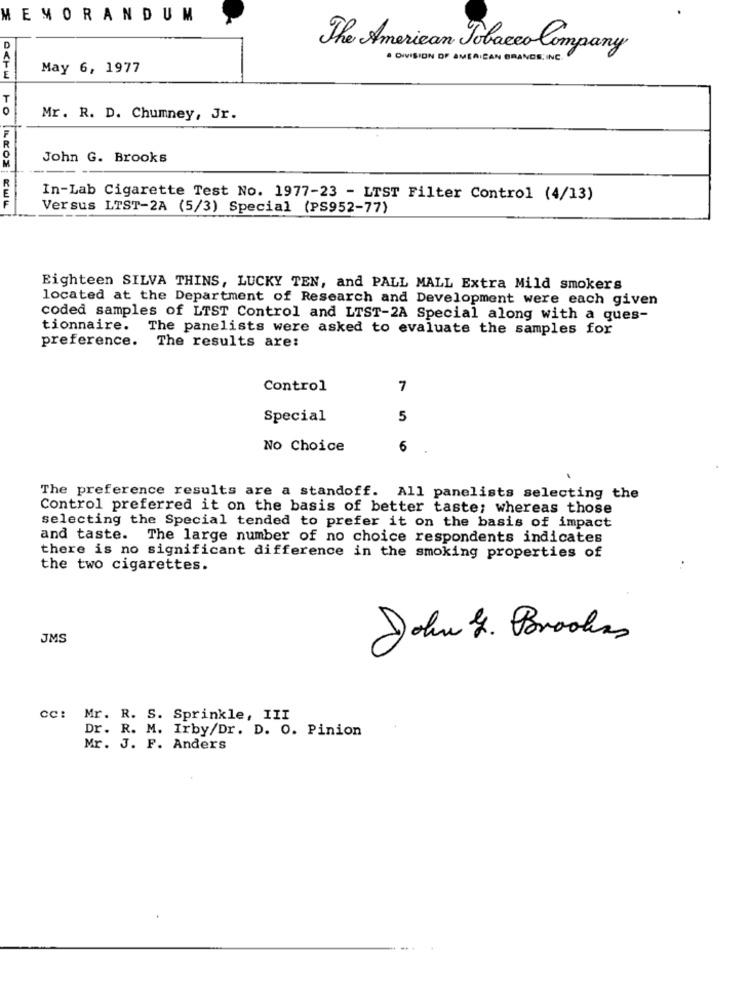
MEMORANDUM
The American Tobacco Company
. DIVISION OF AMERICAN GRANDE , INC.
May 6, 1977
E
T
Mr. R. D. Chumney, Jr.
John G. Brooks
In-Lab Cigarette Test No. 1977-23 - LIST Filter Control (4/13)
Versus LTST-2A (5/3) Special (PS952-77)
Eighteen SILVA THINS, LUCKY TEN, and PALL MALL Extra Mild smokers
located at the Department of Research and Development were each given
coded samples of LTST Control and LTST-2A Special along with a ques-
tionnaire. The panelists were asked to evaluate the samples for
preference.
The results are:
Control
7
Special
5
No Choice
6
The preference results are a standoff. All panelists selecting the
Control preferred it on the basis of better taste; whereas those
selecting the Special tended to prefer it on the basis of impact
and taste. The large number of no choice respondents indicates
there is no significant difference in the smoking properties of
the two cigarettes.
JMS
John 4. Prodlas
cc: Mr. R. S. Sprinkle, III
Dr. R. M. Irby/Dr. D. O. Pinion
Mr. J. F. Anders